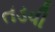
તડવી